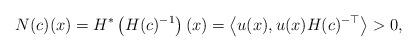
LaTeX: \begin{align*}N(c)(x)=H^*\left(H(c)^{-1}\right)(x)=\left\langle u(x),u(x) H(c)^{-\top}\right\rangle >0,\end{align*}